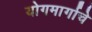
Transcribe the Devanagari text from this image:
योगमार्गाचे